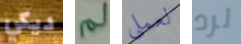
ديكي لم لعملي لرد